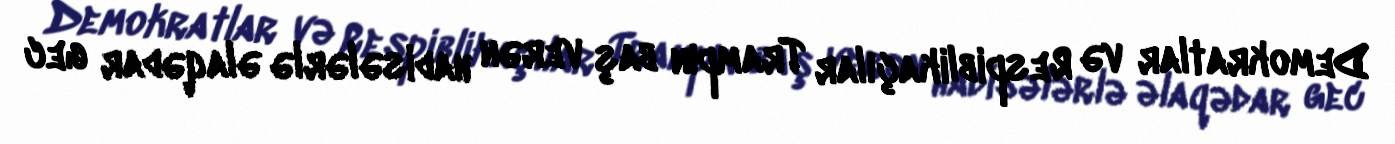
Demokratlar və Respiblikaçılar Trampın baş verən hadisələrlə əlaqədar gec